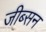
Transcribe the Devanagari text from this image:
जीब्सन